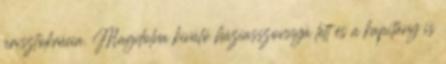
arisztokrácia. Magdolna kiváló háziasszonnyá lett és a kapitány is